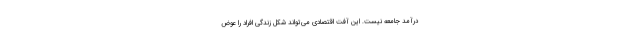
‌درآمد جامعه نیست. این آفت اقتصادی می‌تواند شکل زندگی افراد را عوض